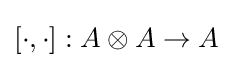
[\cdot ,\cdot ]:A\otimes A\to A